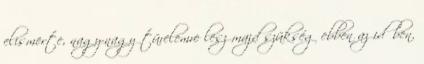
elismerte, nagy-nagy türelemre lesz majd szükség ebben az időben.